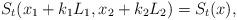
LaTeX: \begin{align*}S_t(x_1+ k_1L_1,x_2+ k _2L_2)=S_t(x),\end{align*}